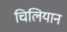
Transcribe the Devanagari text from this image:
चिलियान